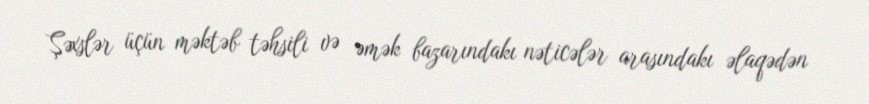
Şəxslər üçün məktəb təhsili və əmək bazarındakı nəticələr arasındakı əlaqədən